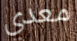
معدي